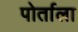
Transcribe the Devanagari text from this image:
पोर्ताला